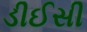
ડીઈસી